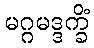
မဂ္ဂမဒ္ဒက္ခိံ